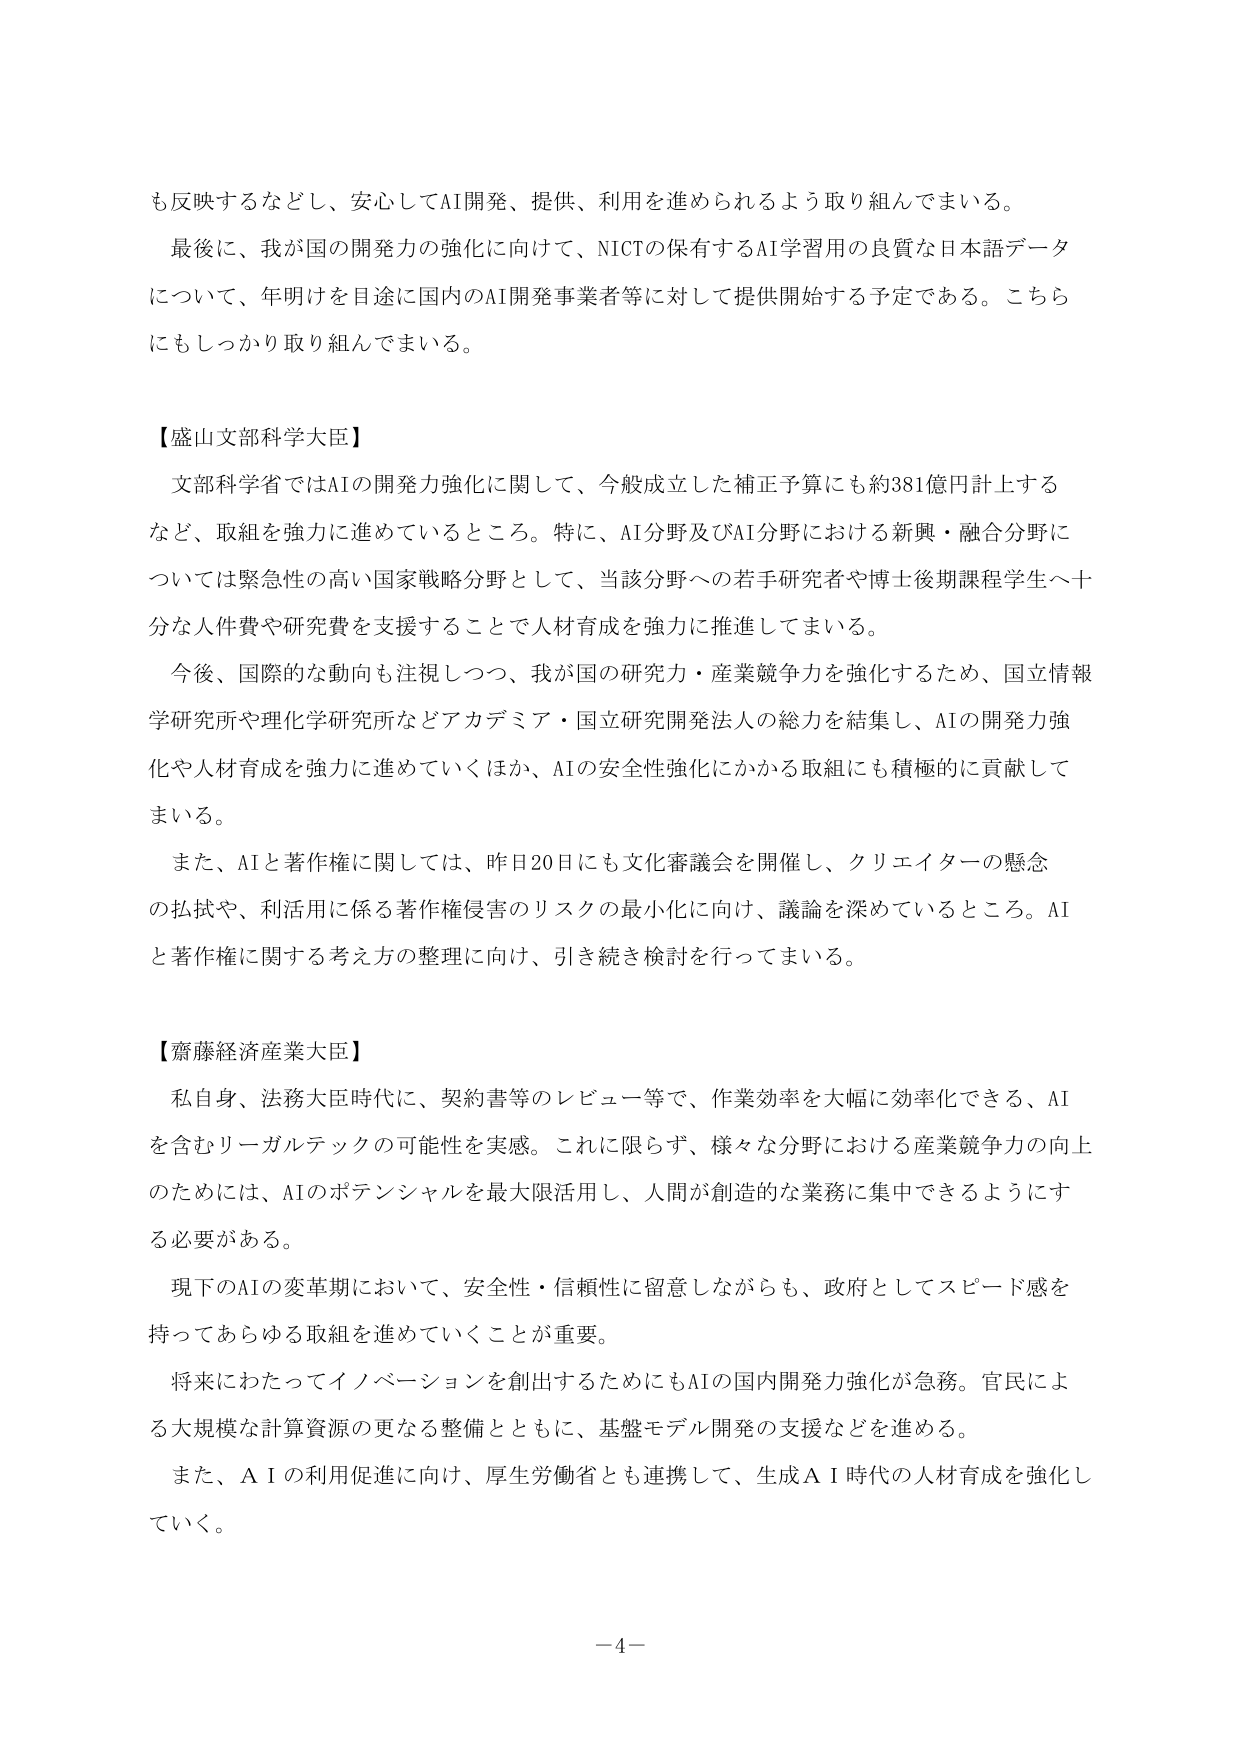
も反映するなどし、安心してAI開発、提供、利用を進められるよう取り組んでまいる。

最後に、我が国の開発力の強化に向けて、NICTの保有するAI学習用の良質な日本語データについて、年明けを目途に国内のAI開発事業者等に対して提供開始する予定である。こちらにもしっかり取り組んでまいる。

【盛山文部科学大臣】

文部科学省ではAIの開発力強化に関して、今般成立した補正予算にも約381億円計上するなど、取組を強力に進めているところ。特に、AI分野及びAI分野における新興・融合分野については緊急性の高い国家戦略分野として、当該分野への若手研究者や博士後期課程学生へ十分な人件費や研究費を支援することで人材育成を強力に推進してまいる。

今後、国際的な動向も注視しつつ、我が国の研究力・産業競争力を強化するため、国立情報学研究所や理化学研究所などアカデミア・国立研究開発法人の総力を結集し、AIの開発力強化や人材育成を強力に進めていくほか、AIの安全性強化にかかる取組にも積極的に貢献してまいる。

また、AIと著作権に関しては、昨日20日にも文化審議会を開催し、クリエイターの懸念の払拭や、利活用に係る著作権侵害のリスクの最小化に向け、議論を深めているところ。AIと著作権に関する考え方の整理に向け、引き続き検討を行ってまいる。

【齋藤経済産業大臣】

私自身、法務大臣時代に、契約書等のレビュー等で、作業効率を大幅に効率化できる、AIを含むリーガルテックの可能性を実感。これに限らず、様々な分野における産業競争力の向上のためには、AIのポテンシャルを最大限活用し、人間が創造的な業務に集中できるようにする必要がある。

現下のAIの変革期において、安全性・信頼性に留意しながらも、政府としてスピード感を持ってあらゆる取組を進めていくことが重要。

将来にわたってイノベーションを創出するためにもAIの国内開発力強化が急務。官民による大規模な計算資源の更なる整備とともに、基盤モデル開発の支援などを進める。

また、ＡＩの利用促進に向け、厚生労働省とも連携して、生成ＡＩ時代の人材育成を強化していく。

－4－